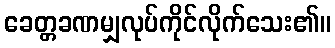
ခေတ္တခဏမျှလုပ်ကိုင်လိုက်သေး၏။